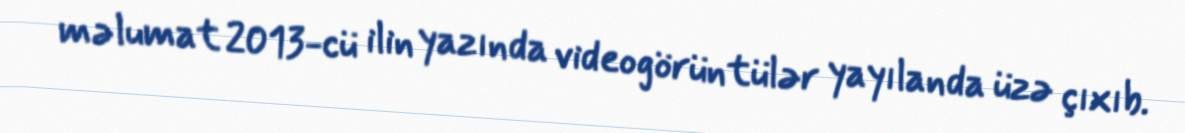
məlumat 2013-cü ilin yazında videogörüntülər yayılanda üzə çıxıb.